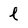
Character: l